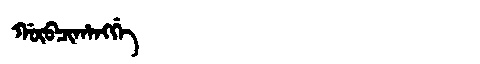
Manchu: ᡤᡡᠪᠴᡳᡥᠠᠩᡤᡝ
Romanization: GŪBCIHANGGE